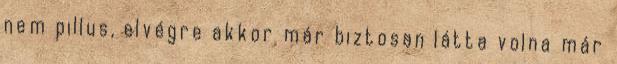
nem pillus, elvégre akkor már biztosan látta volna már